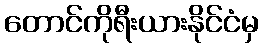
တောင်ကိုရီးယားနိုင်ငံမှ